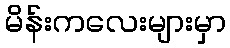
မိန်းကလေးများမှာ